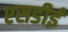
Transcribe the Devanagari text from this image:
एसडीई